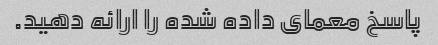
پاسخ معمای داده شده را ارائه دهید.